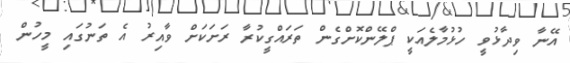
އޭނާ ވިދާޅުވީ ހުޅުމާލެއަކީ ޕްލޭންކޮށްގެން ތަރައްގީކުރާ ރަށަކަށް ވާއިރު އެ ތަނުގައި މީހުން